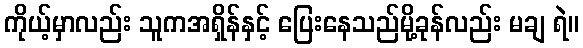
ကိုယ့်မှာလည်း သူကအရှိန်နှင့် ပြေးနေသည်မို့ခုန်လည်း မချ ရဲ။